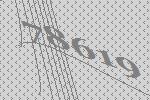
78619